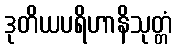
ဒုတိယပရိဟာနိသုတ္တံ